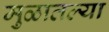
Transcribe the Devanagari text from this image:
मुळातल्या